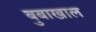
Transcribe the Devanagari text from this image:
बुबाखाल